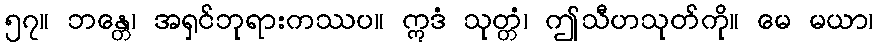
၅၇။ ဘန္တေ၊ အရှင်ဘုရားကဿပ။ ဣဒံ သုတ္တံ၊ ဤသီဟသုတ်ကို။ မေ မယာ၊